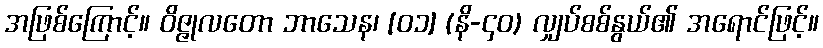
အဖြစ်ကြောင့်။ ဝိဇ္ဇုလတော ဘာသေန၊ [၀၁] (နိ-၄၀) လျှပ်စစ်နွယ်၏ အရောင်ဖြင့်။